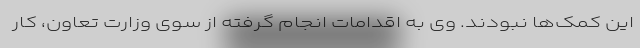
این کمک‌ها نبودند. وی به اقدامات انجام گرفته از سوی وزارت تعاون، کار